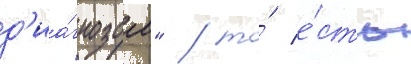
д'иа́гнозом" / то́ е́сть